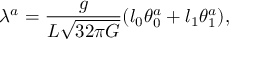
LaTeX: \lambda ^ { a } = \frac { g } { L \sqrt { 3 2 \pi G } } ( l _ { 0 } \theta _ { 0 } ^ { a } + l _ { 1 } \theta _ { 1 } ^ { a } ) ,